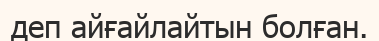
деп айғайлайтын болған.